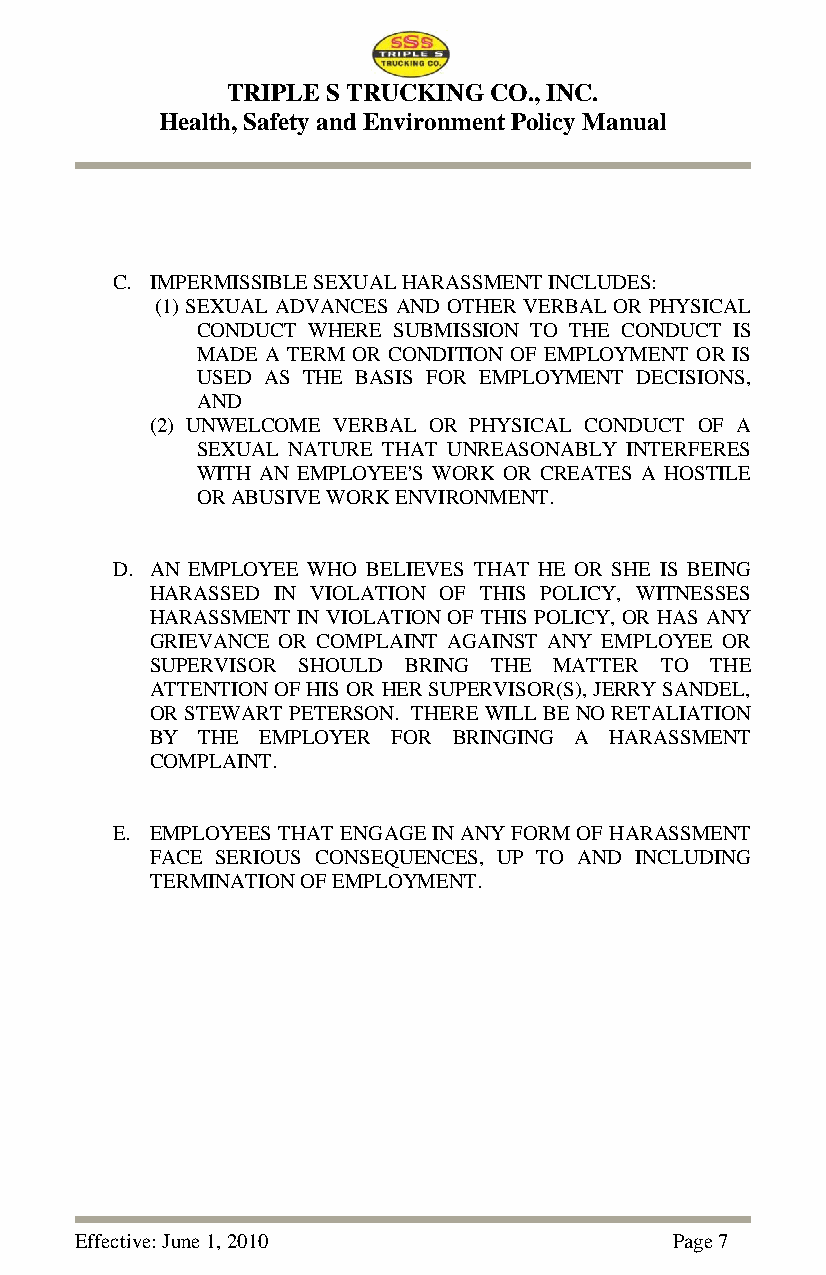
TRIPLE S TRUCKING CO., INC.
 Health, Safety and Environment Policy Manual
 C. IMPERMISSIBLE SEXUAL HARASSMENT INCLUDES:
 (1) SEXUAL ADVANCES AND OTHER VERBAL OR PHYSICAL
 CONDUCT WHERE SUBMISSION TO THE CONDUCT IS
 MADE A TERM OR CONDITION OF EMPLOYMENT OR IS
 USED AS THE BASIS FOR EMPLOYMENT DECISIONS,
 AND
 (2) UNWELCOME VERBAL OR PHYSICAL CONDUCT OF A
 SEXUAL NATURE THAT UNREASONABLY INTERFERES
 WITH AN EMPLOYEE'S WORK OR CREATES A HOSTILE
 OR ABUSIVE WORK ENVIRONMENT.
 D. AN EMPLOYEE WHO BELIEVES THAT HE OR SHE IS BEING
 HARASSED IN VIOLATION OF THIS POLICY, WITNESSES
 HARASSMENT IN VIOLATION OF THIS POLICY, OR HAS ANY
 GRIEVANCE OR COMPLAINT AGAINST ANY EMPLOYEE OR
 SUPERVISOR SHOULD BRING THE MATTER TO THE
 ATTENTION OF HIS OR HER SUPERVISOR(S), JERRY SANDEL,
 OR STEWART PETERSON. THERE WILL BE NO RETALIATION
 BY THE EMPLOYER FOR BRINGING A HARASSMENT
 COMPLAINT.
 E. EMPLOYEES THAT ENGAGE IN ANY FORM OF HARASSMENT
 FACE SERIOUS CONSEQUENCES, UP TO AND INCLUDING
 TERMINATION OF EMPLOYMENT.
 Effective: June 1, 2010                Page 7